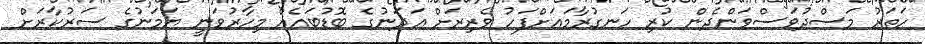
ހަތަރު މަސްދުވަސްވަންދެން ކުރި ހަނގުރާމައަށްފަހު ވެރިރަށް ޢަަދަނުގެ ބޮޑުބައެއް މިހާރުވަނީ ޔަމަނުގެ ސަރުކާރަށް